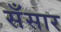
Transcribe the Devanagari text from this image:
सँसार